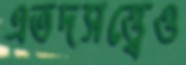
এতদসত্ত্বেও